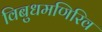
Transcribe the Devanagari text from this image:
विबुधमणिरिव